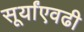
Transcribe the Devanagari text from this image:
सूर्यांएवढी